Report on the cholera epidemic of
Year: 1868
Disease focus: Cholera
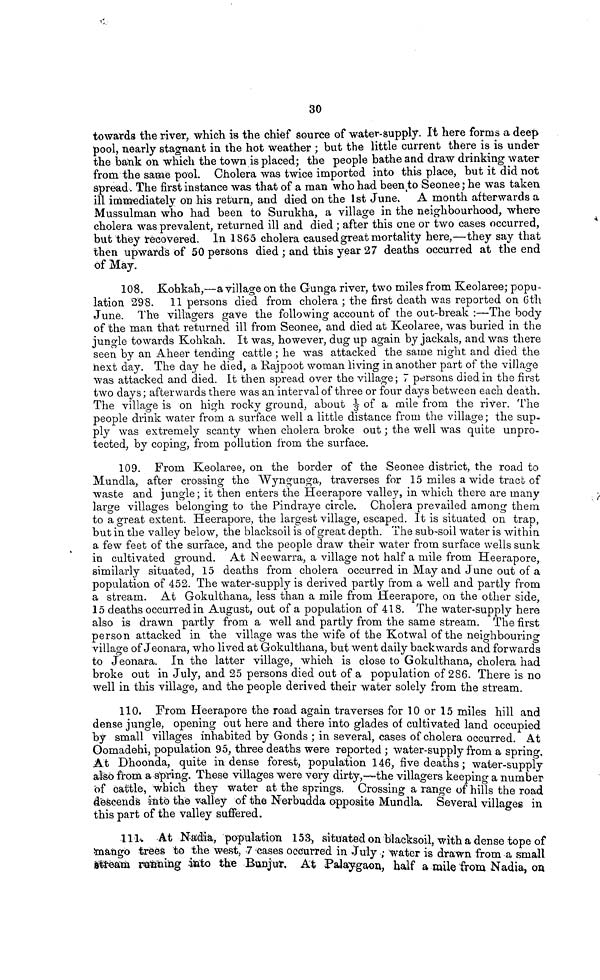
30
towards the river, which is the chief source of water-supply. It here forms a deep
pool, nearly stagnant in the hot weather ; but the little current there is is under
the bank on which the town is placed; the people bathe and draw drinking water
from the same pool. Cholera was twice imported into this place, but it did not
spread. The first instance was that of a man who had been to Seonee ; he was taken
ill immediately on his return, and died on the 1st June. A month afterwards a
Mussulman who had been to Surukha, a village in the neighbourhood, where
cholera was prevalent, returned ill and died ; after this one or two cases occurred,
but they recoced. In 1865 cholera caused great mortality here,—they say that
then upwards of 50 persons died ; and this year 27 deaths occurred at the end
of May.
108. Kohkah,—a village on the Gunga river, two miles from Keolaree; popu-
lation 2'98. 11 persons died from cholera ; the first death was reported on 6th
June. The villagers gave the following account of the out-break :—The body
of the man that returned ill from Seonee, and died at Keolaree, was buried in the
jungle towards Kohkah. It was, however, dug up again by jackals, and was there
seen by an Aheer tending cattle ; he was attacked the same night and died the
next day. The day he died, a Rajpoot woman living in another part of the village
was attacked and died. It then spread over the village ; 7 persons died in the first
two days; afterwards there was an interval of three or four days between each death.
The village is on high rocky ground, about of a mile from the river. The
people drink water from a surface well a little distance from the village ; the sup-
ply was extremely scanty when cholera broke out ; the well was quite unpro-
tected, by coping, from pollution from the surface.
109. From Keolaree, on the border of the Seonee district, the road to
Mundla, after crossing the Wyngunga, traverses for 15 miles a wide tract of
waste and jungle ; it then enters the Heerapore valley, in which there are many
large villages belonging to the Pindraye circle. Cholera prevailed among them
to a great extent. Heerapore, the largest village, escaped. It is situated on trap,
but in the valley below, the blacksoil is of great depth. The sub-soil water is within
a few feet of the surface, and the people draw their water from surface wells sunk
in cultivated ground. At Neewarra, a village not half a mile from Heerapore,
similarly situated, 15 deaths from cholera occurred in May and June out of a
population of 452. The water-supply is derived partly from a well and partly from
a stream. At Gokulthana, less than a mile from Heerapore, on the other side,
15 deaths occurred in August, out of a population of 418. The water-supply here
also is drawn partly from a well and partly from the same stream. The first
person attacked in the village was the wife of the Kotwal of the neighbouring
village of Jeonara, who lived at Gokulthana, but went daily backwards and forwards
to Jeonara. In the latter village, which is close to Gokulthana, cholera had
broke out in July, and 25 persons died out of a population of 286. There is no
well in this village, and the people derived their water solely from the stream.
110. From Heerapore the road again traverses for 10 or 15 miles hill and
dense jungle, opening out here and there into glades of cultivated land occupied
by small villages inhabited by Gonds ; in several, cases of cholera occurred. At
Oomadehi, population 95, three deaths were reported ; water-supply from a spring
At Dhoonda, quite in dense forest, population 146, five deaths ; water-supply
also from a spring. These villages were very dirty,—the villagers keeping a number
of cattle, which they water at the springs. Crossing a range of hills the road
descends into the valley of the Nerbudda opposite Mundla. Several villages in
this part of the valley suffered.
111.
At Nadia, population 153, situated on blacksoil, with a dense tope of
mango trees to the west, 7 cases occurred in July ; water is drawn from a small
stream running into the Bunjur, At Palaygaon, half a mile from Nadia, on